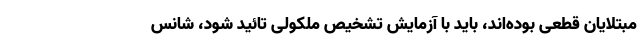
مبتلایان قطعی بوده‌اند، باید با آزمایش تشخیص ملکولی تائید شود، شانس